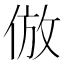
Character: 倣